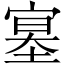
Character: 𡩳